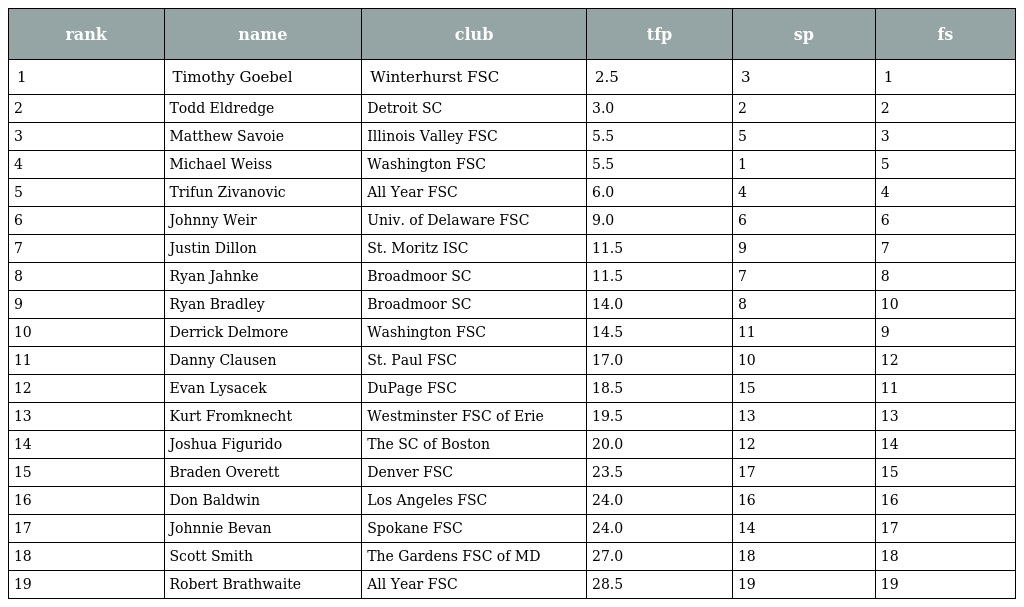
| rank | name | club | tfp | sp | fs |
 | --- | --- | --- | --- | --- | --- |
 | 1 | Timothy Goebel | Winterhurst FSC | 2.5 | 3 | 1 |
 | 2 | Todd Eldredge | Detroit SC | 3.0 | 2 | 2 |
 | 3 | Matthew Savoie | Illinois Valley FSC | 5.5 | 5 | 3 |
 | 4 | Michael Weiss | Washington FSC | 5.5 | 1 | 5 |
 | 5 | Trifun Zivanovic | All Year FSC | 6.0 | 4 | 4 |
 | 6 | Johnny Weir | Univ. of Delaware FSC | 9.0 | 6 | 6 |
 | 7 | Justin Dillon | St. Moritz ISC | 11.5 | 9 | 7 |
 | 8 | Ryan Jahnke | Broadmoor SC | 11.5 | 7 | 8 |
 | 9 | Ryan Bradley | Broadmoor SC | 14.0 | 8 | 10 |
 | 10 | Derrick Delmore | Washington FSC | 14.5 | 11 | 9 |
 | 11 | Danny Clausen | St. Paul FSC | 17.0 | 10 | 12 |
 | 12 | Evan Lysacek | DuPage FSC | 18.5 | 15 | 11 |
 | 13 | Kurt Fromknecht | Westminster FSC of Erie | 19.5 | 13 | 13 |
 | 14 | Joshua Figurido | The SC of Boston | 20.0 | 12 | 14 |
 | 15 | Braden Overett | Denver FSC | 23.5 | 17 | 15 |
 | 16 | Don Baldwin | Los Angeles FSC | 24.0 | 16 | 16 |
 | 17 | Johnnie Bevan | Spokane FSC | 24.0 | 14 | 17 |
 | 18 | Scott Smith | The Gardens FSC of MD | 27.0 | 18 | 18 |
 | 19 | Robert Brathwaite | All Year FSC | 28.5 | 19 | 19 |